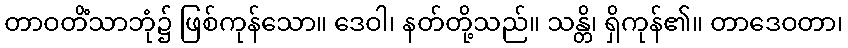
တာဝတိံသာဘုံ၌ ဖြစ်ကုန်သော။ ဒေဝါ၊ နတ်တို့သည်။ သန္တိ၊ ရှိကုန်၏။ တာဒေဝတာ၊